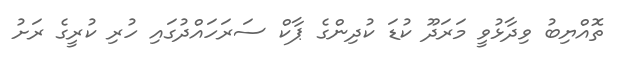
ތޮއްޔިބު ވިދާޅުވީ މަރަދޫ ކުޑަ ކުދިންގެ ޕާކް ސަރަހައްދުގައި ހުރި ކުރީގެ ރަށު